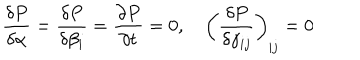
\frac { \delta P } { \delta \alpha } = \frac { \delta P } { \delta \beta _ { i } } = \frac { \partial P } { \partial t } = 0 , ~ \left( \frac { \delta P } { \delta \gamma _ { i j } } \right) _ { | j } = 0